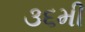
૩૬મી